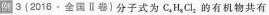
例3{2016·全国Ⅱ卷)分子式为C_{4}H_{8}Cl_{2}的有机物共有